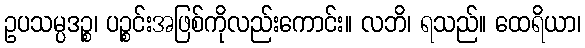
ဥပသမ္ပဒဉ္စ၊ ပဉ္စင်းအဖြစ်ကိုလည်းကောင်း။ လဘိ၊ ရသည်။ ထေရိယာ၊